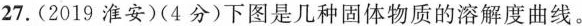
27.(2019淮安)(4分)下图是几种固体物质的溶解度曲线。